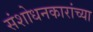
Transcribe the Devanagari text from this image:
संशोधनकारांच्या